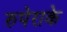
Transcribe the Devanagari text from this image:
रुपेराके